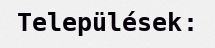
Települések: